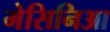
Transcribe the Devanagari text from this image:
मेसिनिआ